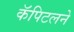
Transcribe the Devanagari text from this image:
कॅपिटलने